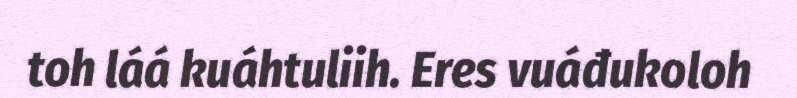
toh láá kuáhtuliih. Eres vuáđukoloh